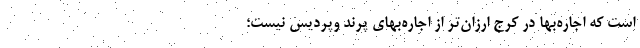
است که اجاره‌‌بها در کرج ارزان‌‌تر از اجاره‌‌بهای پرند وپردیس نیست؛